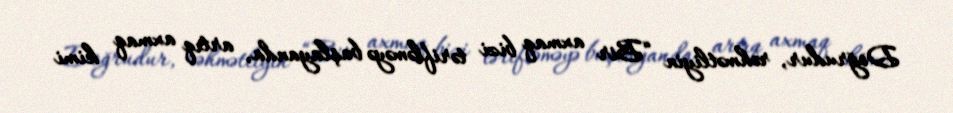
Doğrudur, rəhmətliyin “Bir axmaq bizi tərifləməyə başlayanda, artıq axmaq kimi